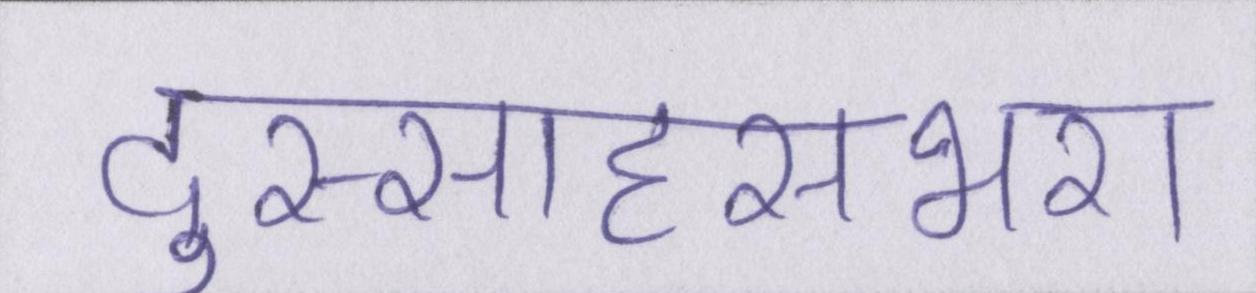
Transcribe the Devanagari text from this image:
दुस्साहसभरा